Report of the Indian Hemp Drugs Commission, 1894-1895 - Volume VIII
Year: 1894
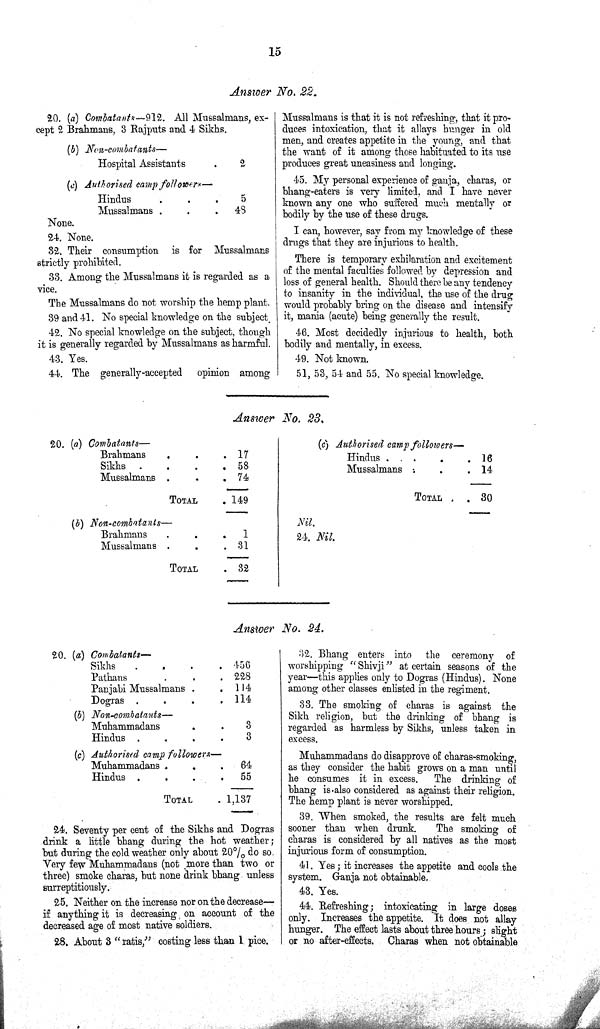
15
Answer No. 22.
20. (a) Combatants—912. All Mussalmans, ex-
cept 2 Brahmans, 3 Rajputs and 4 Sikhs.
(b) Non-combatants—
Hospital Assistants
2
(c) Authorised camp followers—
Hindus
5
Mussalmans
45
None.
24. None.
32. Their consumption is for Mussalmans
strictly prohibited.
33. Among the Mussalmans it is regarded as a
vice.
The Mussalmans do not worship the hemp plant.
39 and 41. No special knowledge on the subject.
42. No special knowledge on the subject, though
it is generally regarded by Mussalmans as harmful.
43. Yes.
44. The generally-accepted opinion among
Answer No. 23.
20. (a) Combatants—
Brahmans
17
Sikhs
58
Mussalmans
74
TOTAL
149
(b) Non-combatants—
Brahmans
1
Mussalmans
31
TOTAL
32
(c) Authorised camp followers-
Hindus
16
Mussalmans
14
TOTAL
30
Nil.
24. Nil.
Answer No. 24.
20. (a) Combatants—
Sikhs
456
Pathans
228
Panjabi Mussalmans
114
Dogras
114
(b) Non-combatants—
Muhammadans
3
Hindus
3
(c) Authorised camp followers—
Muhammadans
64
Hindus
55
TOTAL
1,137
24. Seventy per cent of the Sikhs and Dogras
drink a little bhang during the hot weather;
but during the cold weather only about 20% do so
Very few Muhammadans (not more than two or
three) smoke charas, but none drink bhang unless
surreptitiously.
25. Neither on the increase nor on the decrease-
if anything it is decreasing, on account of the
decreased age of most native soldiers.
28. About 3 "ratis," costing less than 1 pice.
32. Bhang enters into the ceremony of
worshipping "Shivji" at certain seasons of the
year—this applies only to Dogras (Hindus). None
among other classes enlisted in the regiment.
33. The smoking of charas is against the
Sikh religion, but the drinking of bhang is
regarded as harmless by Sikhs, unless taken in
excess.
Muhammadans do disapprove of charas-smoking,
as they consider the habit grows on a man until
he consumes it in excess. The drinking of
bhang is also considered as against their religion.
The hemp plant is never worshipped.
39. When smoked, the results are felt much
sooner than when drunk.
The smoking of
charas is considered by all natives as the most
injurious form of consumption.
41. Yes; it increases the appetite and cools the
system. Ganja not obtainable,
43. Yes.
44. Refreshing; intoxicating in large doses
only. Increases the appetite. It does not allay
hunger. The effect lasts about three hours; slight
or no after-effects. Charas when not obtainable
Mussalmans is that it is not refreshing, that it pro-
duces intoxication, that it allays hunger in old
men, and creates appetite in the young, and that
the want of it among those habituated to its use
produces great uneasiness and longing.
45. My personal experience of ganja, charas, or
bhang-eaters is very limited, and I have never
known any one who suffered much mentally or
bodily by the use of these drugs.
I can, however, say from my knowledge of these
drugs that they are injurious to health.
There is temporary exhilaration and excitement
of the mental faculties followed by depression and
loss of general health. Should there be any tendency
to insanity in the individual, the use of the drug
would probably bring on the disease and intensify
it, mania (acute) being generally the result.
46. Most decidedly injurious to health, both
bodily and mentally, in excess.
49. Not known.
51, 53, 54 and 55. No special knowledge.